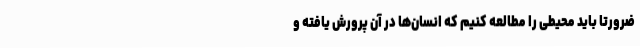
ضرورتاً باید محیطی را مطالعه کنیم که انسان‌ها در آن پرورش یافته و